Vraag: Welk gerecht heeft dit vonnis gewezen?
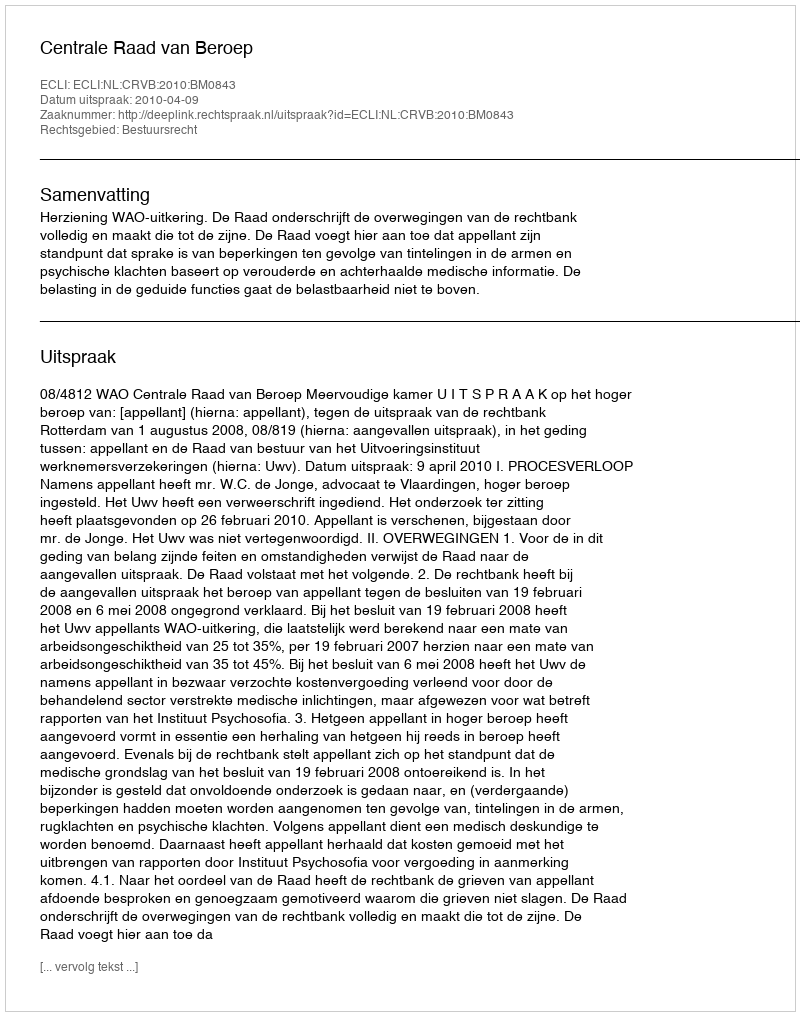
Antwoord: Centrale Raad van Beroep